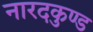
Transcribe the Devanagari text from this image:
नारदकुण्ड